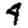
Digit: 4